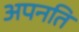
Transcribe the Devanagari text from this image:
अपनति